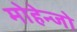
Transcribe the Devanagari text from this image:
मोहेन्जो